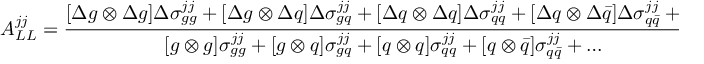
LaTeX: { \cal A } _ { L L } ^ { j j } = { \frac { [ \Delta g \otimes \Delta g ] \Delta \sigma _ { g g } ^ { j j } + [ \Delta g \otimes \Delta q ] \Delta \sigma _ { g q } ^ { j j } + [ \Delta q \otimes \Delta q ] \Delta \sigma _ { q q } ^ { j j } + [ \Delta q \otimes \Delta \bar { q } ] \Delta \sigma _ { q \bar { q } } ^ { j j } + \ldots } { [ g \otimes g ] \sigma _ { g g } ^ { j j } + [ g \otimes q ] \sigma _ { g q } ^ { j j } + [ q \otimes q ] \sigma _ { q q } ^ { j j } + [ q \otimes \bar { q } ] \sigma _ { q \bar { q } } ^ { j j } + \ldots } } .